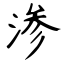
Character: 渗